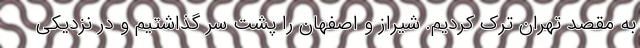
به مقصد تهران ترک کردیم. شیراز و اصفهان را پشت سر گذاشتیم و در نزدیکی